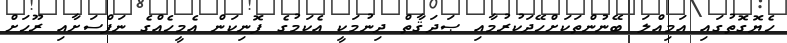
ހެޔޮގޮތުގައި އަމިއްލަ ބޭނުންތަކަށްހޭދަކުރުމާއި ޞަދަޤާތް ދިނުމަކީ އެކަމުގެ ފޮނިކަން އެމީހެއްގެ ނަފްސަށާއި ރޫޙަށް